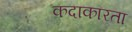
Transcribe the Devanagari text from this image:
कदाकारता